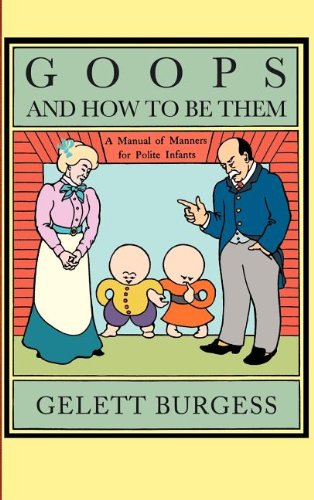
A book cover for Goops and How to Be Them: A Manual of Manners for Polite Infants Inculcating Many Juvenile Virtues, etc.; Gelett Burgess; Reference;